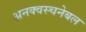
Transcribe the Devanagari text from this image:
अनक्वस्चनेबल